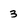
Character: 3